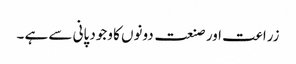
زراعت اور صنعت دونوں کا وجود پانی سے ہے ۔